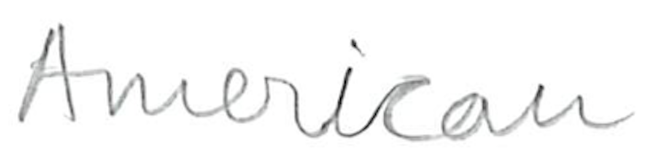
Text: American
Cross-out: clean
Writing tool: pencil